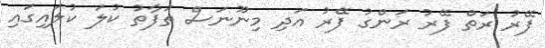
ފޭރު ރަތް ފޭރު ރަންގު ފޭރު އަދި މިނޫނަސް ތަފާތު ކުލަ ކުލައިގައި